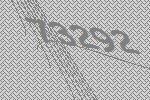
73292